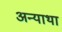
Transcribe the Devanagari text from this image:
अन्याथा